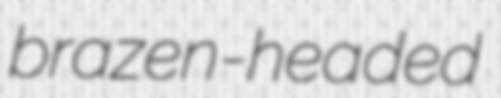
brazen-headed